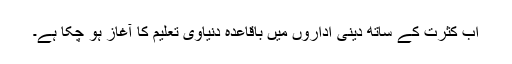
اب کثرت کے ساتھ دینی اداروں میں باقاعدہ دنیاوی تعلیم کا آغاز ہو چکا ہے۔